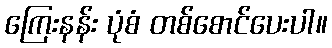
ကြေးနန်း ပုံစံ တစ်စောင်ပေးပါ။